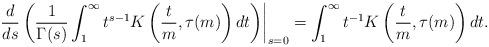
LaTeX: \begin{align*} \left. \frac{d}{ds} \left( \frac{1}{\Gamma(s)} \int_1^\infty t^{s-1} K\left(\frac{t}{m}, \tau(m)\right) dt \right) \right|_{s=0} = \int_1^\infty t^{-1} K\left(\frac{t}{m}, \tau(m)\right) dt.\end{align*}